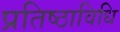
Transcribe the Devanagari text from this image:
प्रतिष्ठाविधि